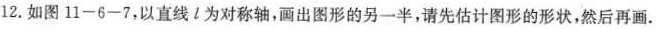
12.如图11-6-7，以直线l为对称轴，画出图形的另一半，请先估计图形的形状，然后再画.